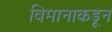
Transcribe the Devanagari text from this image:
विमानाकडून